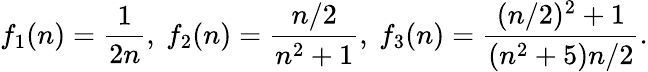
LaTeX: f_{1}(n)={\frac{1}{2n}},\ f_{2}(n)={\frac{n/2}{n^{2}+1}},\ f_{3}(n)={\frac{(n/2)^{2}+1}{(n^{2}+5)n/2}}.